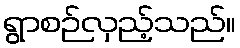
ရွာစဉ်လှည့်သည်။